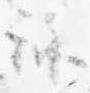
詠